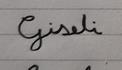
Signature authenticity: forged